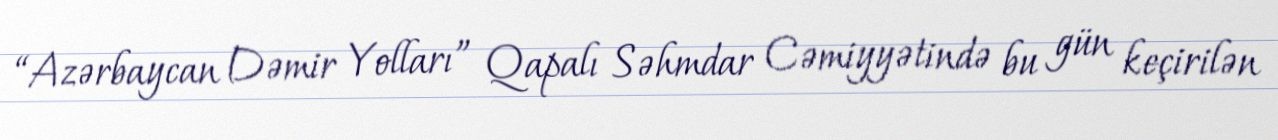
“Azərbaycan Dəmir Yolları” Qapalı Səhmdar Cəmiyyətində bu gün keçirilən